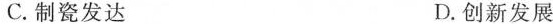
C.制瓷发达 D.创新发展